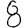
Digit: 8